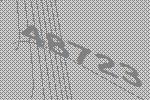
48723